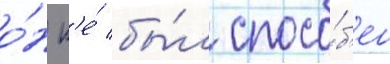
о́н н'е́ бы́л спосо́б'ен